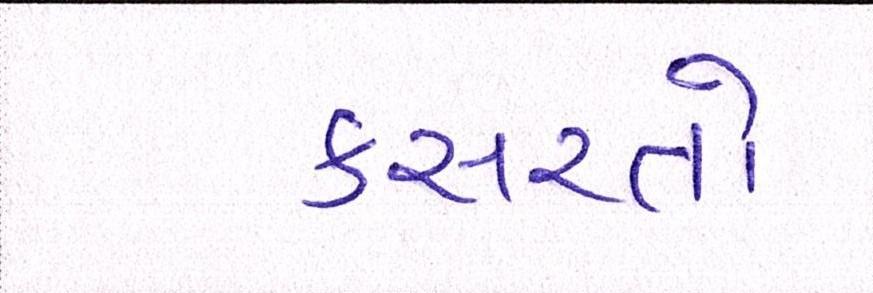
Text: કસરતો